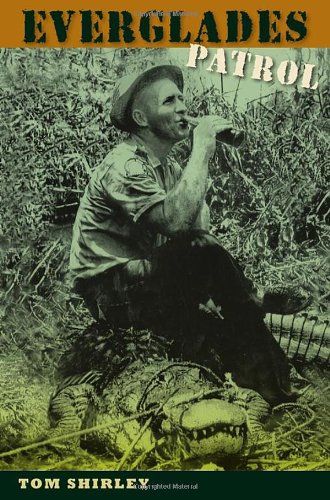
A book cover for Everglades Patrol; Tom Shirley; Science & Math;